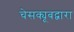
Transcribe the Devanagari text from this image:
चेसक्यूबद्वारा